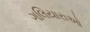
ગલિયારાઓ